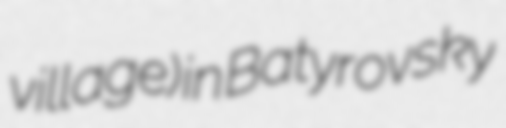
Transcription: village) in Batyrovsky